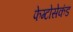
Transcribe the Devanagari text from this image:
फेम्टोसेकंड